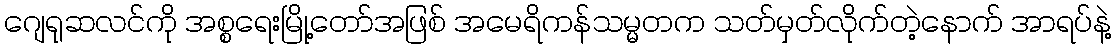
ဂျေရုဆလင်ကို အစ္စရေးမြို့တော်အဖြစ် အမေရိကန်သမ္မတက သတ်မှတ်လိုက်တဲ့နောက် အာရပ်နဲ့